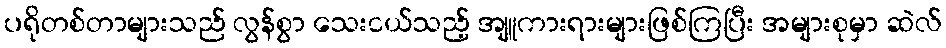
ပရိုတစ်တာများသည် လွန်စွာ သေးငယ်သည့် အျူကားရားများဖြစ်ကြပြီး အများစုမှာ ဆဲလ်